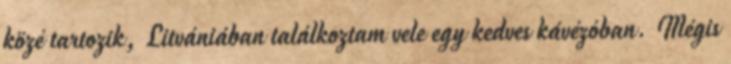
közé tartozik, Litvániában találkoztam vele egy kedves kávézóban. Mégis